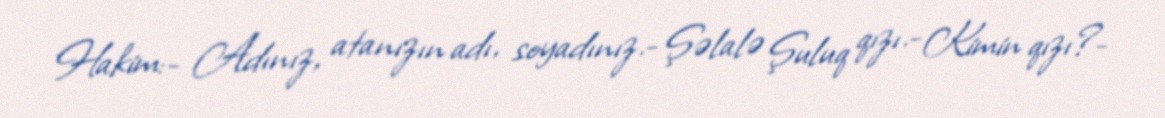
Hakim:- Adınız, atanızın adı, soyadınız.- Şəlalə Şuluq qızı.- Kimin qızı?-